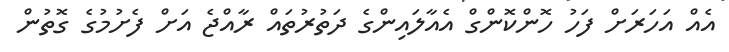
އެއް އަހަރަށް ފަހު ހޮންކޮންގް އެއާލައިންގެ ދަތުރުތައް ރާއްޖެ އަށް ފެށުމުގެ ގޮތުން